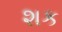
શક